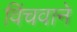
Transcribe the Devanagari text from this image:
विंचवाने